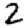
Digit: 2